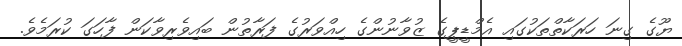
ޔޫގެ ގިނަ ހަރަކާތްތަކުގައި އެމްޑީޕީގެ ޒުވާނުންގެ ހިއްވަރުގެ ފަރާތުން ބައިވެރިވާކަން ފާހަގަ ކުރަމެވެ.